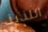
اللذيذ